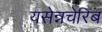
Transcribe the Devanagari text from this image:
यसेन्नचेरिब